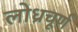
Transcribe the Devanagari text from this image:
लोध्रचूर्ण